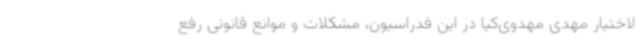
لاختیار مهدی مهدوی‌کیا در این فدراسیون، مشکلات و موانع قانونی رفع